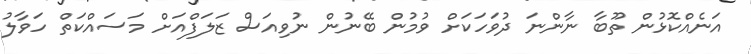
އަނެއްކޮޅުން ތޫބާ ނާންނަ ދުވަހަކަށް ވުމުން ބޭނުން ނުވިއަސް ޒަލަފްއަށް މަސައްކަތް ހަވާލު